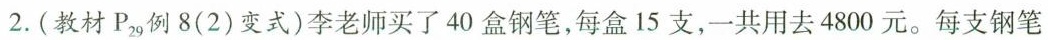
2.(教材P_{29}例8(2)变式)李老师买了40盒钢笔，每盒15支，一共用去4800元。每支钢笔